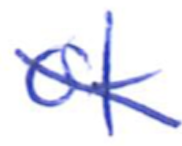
Text: of
Cross-out: diagonal
Writing tool: ballpoint